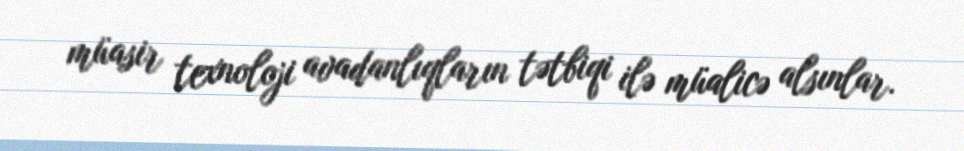
müasir texnoloji avadanlıqların tətbiqi ilə müalicə alsınlar.